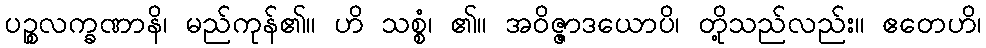
ပဉ္စလက္ခဏာနိ၊ မည်ကုန်၏။ ဟိ သစ္စံ၊ ၏။ အဝိဇ္ဇာဒယောပိ၊ တို့သည်လည်း။ ဧတေဟိ၊